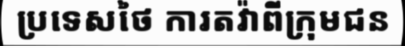
ប្រទេសថៃ ការតវ៉ាពីក្រុមជន